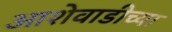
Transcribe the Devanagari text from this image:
आशेवाडीच्या